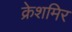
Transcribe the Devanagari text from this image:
क्रेशमिर